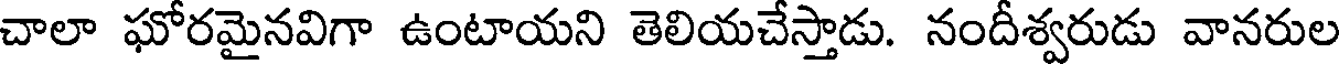
చాలా ఘోరమైనవిగా ఉంటాయని తెలియచేస్తాడు. నందీశ్వరుడు వానరుల